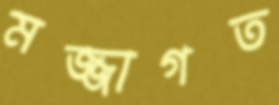
মজ্জাগত